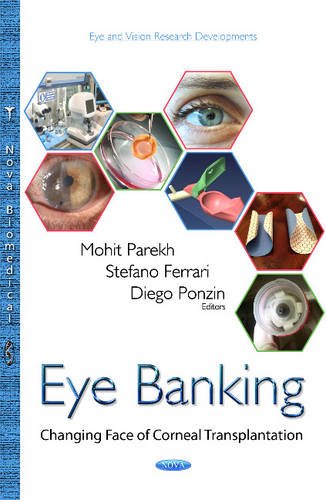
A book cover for Eye Banking: Changing Face of Corneal Transplantation; Health, Fitness & Dieting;